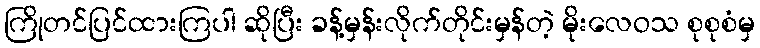
ကြိုတင်ပြင်ထားကြပါ ဆိုပြီး ခန့်မှန်းလိုက်တိုင်းမှန်တဲ့ မိုးလေဝသ စုစုစံမှ